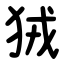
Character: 狨